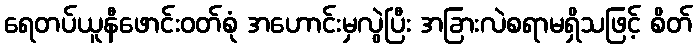
ရေတပ်ယူနီဖောင်းဝတ်စုံ အဟောင်းမှလွဲပြီး အခြားလဲစရာမရှိသဖြင့် စိတ်